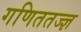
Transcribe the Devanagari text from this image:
गणिततज्ज्ञ